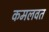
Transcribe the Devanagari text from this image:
कमलवत